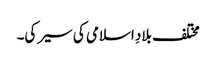
مختلف بلادِ اسلامی کی سیر کی۔